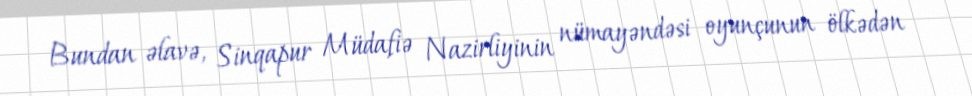
Bundan əlavə, Sinqapur Müdafiə Nazirliyinin nümayəndəsi oyunçunun ölkədən